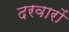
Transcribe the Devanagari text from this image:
दरवारों